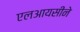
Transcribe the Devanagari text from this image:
एलआयसीने